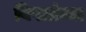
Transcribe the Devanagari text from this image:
विपत्रांच्या